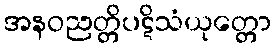
အနဝညတ္တိပဋိသံယုတ္တော